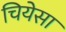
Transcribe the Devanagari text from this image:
चियेसा